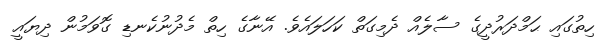
ހިތުގައި ޙަމްދަރުދީގެ ސާލެއް ދެމިގަތް ކަހަލައެވެ. އޭނާގެ ހިތް މެދުނުކެނޑި ގޮވަމުން ދިޔައީ